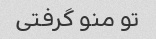
تو منو گرفتی